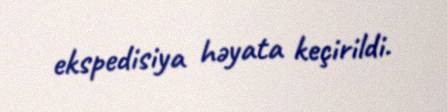
ekspedisiya həyata keçirildi.